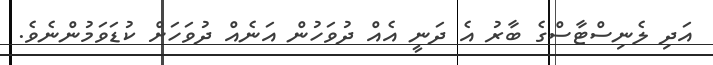
އަދި ލެނިސްޓާސްގެ ބާރު އެ ދަނީ އެއް ދުވަހުން އަނެއް ދުވަހަށް ކުޑަވަމުންނެވެ.